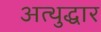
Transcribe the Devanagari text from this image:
अत्थुद्धार